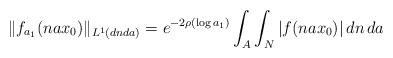
LaTeX: \begin{align*}\Vert f_{a_1}(n a x_0) \Vert_{L^1(dnda)} = e^{-2\rho(\log a_1)} \int_A \int_N |f(nax_0)| \,dn\,da \end{align*}